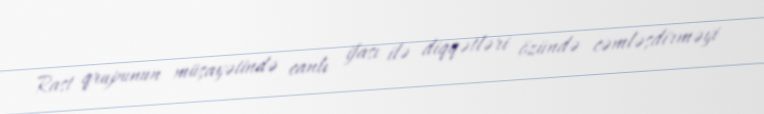
Rast qrupunun müşayətində canlı ifası ilə diqqətləri özündə cəmləşdirməyi